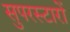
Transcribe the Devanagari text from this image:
सुपरस्टारों